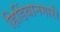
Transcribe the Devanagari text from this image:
हिडिंबानगारी